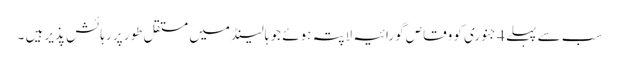
سب سے پہلے 4 جنوری کو وقاص گورائیہ لاپتہ ہوئے جو ہالینڈ میں مستقل طور پر رہائش پذیر ہیں ۔